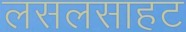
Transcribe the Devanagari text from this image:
लसलसाहट